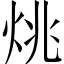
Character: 烑